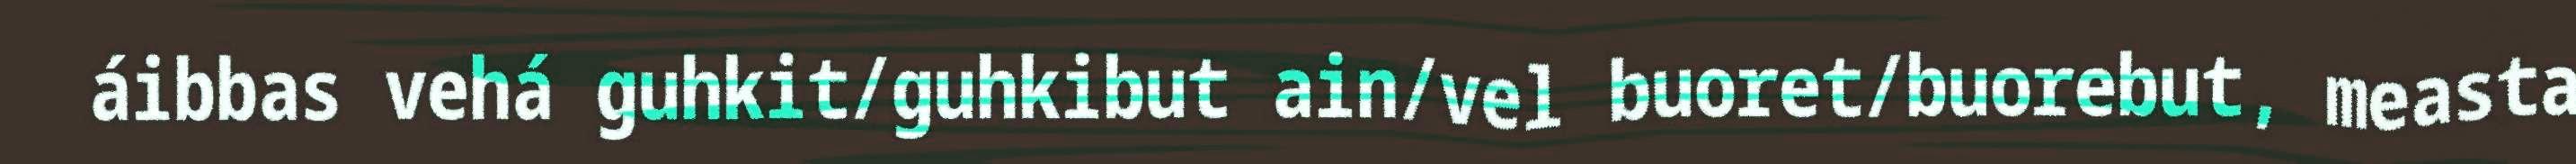
áibbas vehá guhkit/guhkibut ain/vel buoret/buorebut, measta